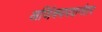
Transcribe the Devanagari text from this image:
अजिंक्यपदानंतर